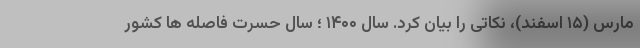
مارس (۱۵ اسفند)، نکاتی را بیان کرد. سال ۱۴۰۰ ؛ سال حسرت فاصله ها کشور